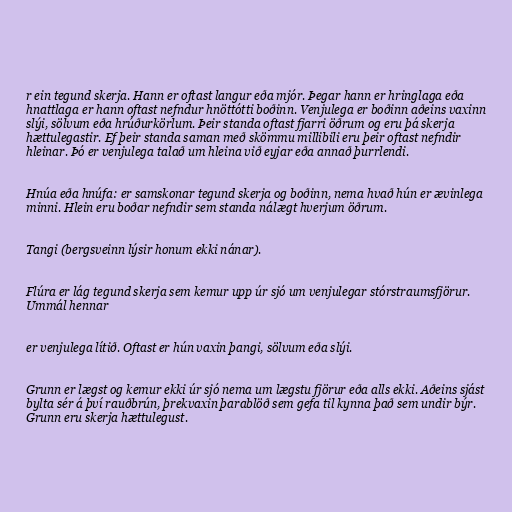
r ein tegund skerja. Hann er oftast langur eða mjór. Þegar hann er hringlaga eða
hnattlaga er hann oftast nefndur hnöttótti boðinn. Venjulega er boðinn aðeins vaxinn
slýi, sölvum eða hrúðurkörlum. Þeir standa oftast fjarri öðrum og eru þá skerja
hættulegastir. Ef þeir standa saman með skömmu millibili eru þeir oftast nefndir
hleinar. Þó er venjulega talað um hleina við eyjar eða annað þurrlendi.

Hnúa eða hnúfa: er samskonar tegund skerja og boðinn, nema hvað hún er ævinlega
minni. Hlein eru boðar nefndir sem standa nálægt hverjum öðrum.

Tangi (bergsveinn lýsir honum ekki nánar).

Flúra er lág tegund skerja sem kemur upp úr sjó um venjulegar stórstraumsfjörur.
Ummál hennar

er venjulega lítið. Oftast er hún vaxin þangi, sölvum eða slýi.

Grunn er lægst og kemur ekki úr sjó nema um lægstu fjörur eða alls ekki. Aðeins sjást
bylta sér á því rauðbrún, þrekvaxin þarablöð sem gefa til kynna það sem undir býr.
Grunn eru skerja hættulegust.